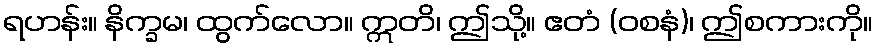
ရဟန်း။ နိက္ခမ၊ ထွက်လော။ ဣတိ၊ ဤသို့။ ဧတံ (ဝစနံ)၊ ဤစကားကို။